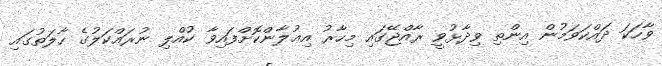
ވާހަކަ ދައްކަވަމުން އިންތި ވިދާޅުވީ ރާއްޖޭގައި މިހާރު އިޢުލާންކޮށްފައިވާ ކުއްލި ނުރައްކަލުގެ ހާލަތުގައި